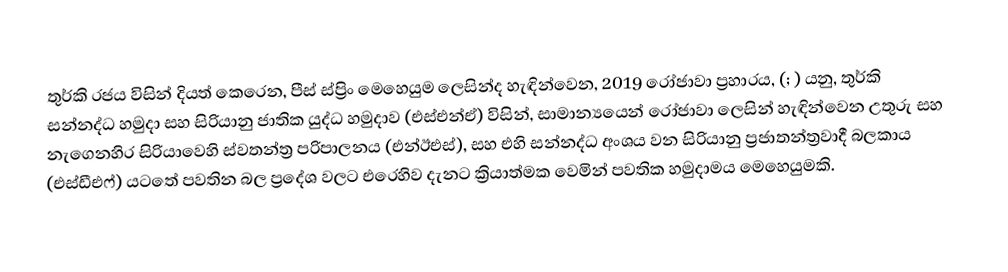
තුර්කි රජය විසින් දියත් කෙරෙන,  පීස් ස්ප්‍රිං මෙහෙයුම ලෙසින්ද හැඳින්වෙන, 2019 රෝජාවා ප්‍රහාරය, (; ) යනු,  තුර්කි සන්නද්ධ හමුදා සහ සිරියානු ජාතික යුද්ධ හමුදාව (එස්එන්ඒ) විසින්,  සාමාන්‍යයෙන් රෝජාවා ලෙසින් හැඳින්වෙන උතුරු සහ නැගෙනහිර සිරියාවෙහි ස්වතන්ත්‍ර පරිපාලනය (එන්ඊඑස්), සහ එහි සන්නද්ධ අංශය වන සිරියානු ප්‍රජාතන්ත්‍රවාදී බලකාය (එස්ඩීඑෆ්) යටතේ පවතින බල ප්‍රදේශ වලට එරෙහිව දැනට ක්‍රියාත්මක වෙමින් පවතික හමුදාමය මෙහෙයුමකි.